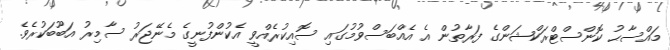
މައްސާޙު ކޮންސްޓްރަކްޝަންގެ ފަރާތުން އެ އެއްބަސްވުމުގައި ސޮއިކުރެއްވީ އެކުންފުނީގެ މެނޭޖަރު ސާމިރު އަބޫބަކުރެވެ.